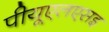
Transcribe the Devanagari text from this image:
पीयूएलएसइ